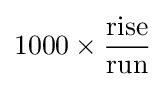
1000\times {\frac {\text{rise}}{\text{run}}}